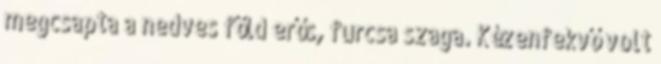
megcsapta a nedves föld erős, furcsa szaga. Kézenfekvő volt